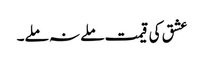
عشق کی قیمت ملے نہ ملے۔